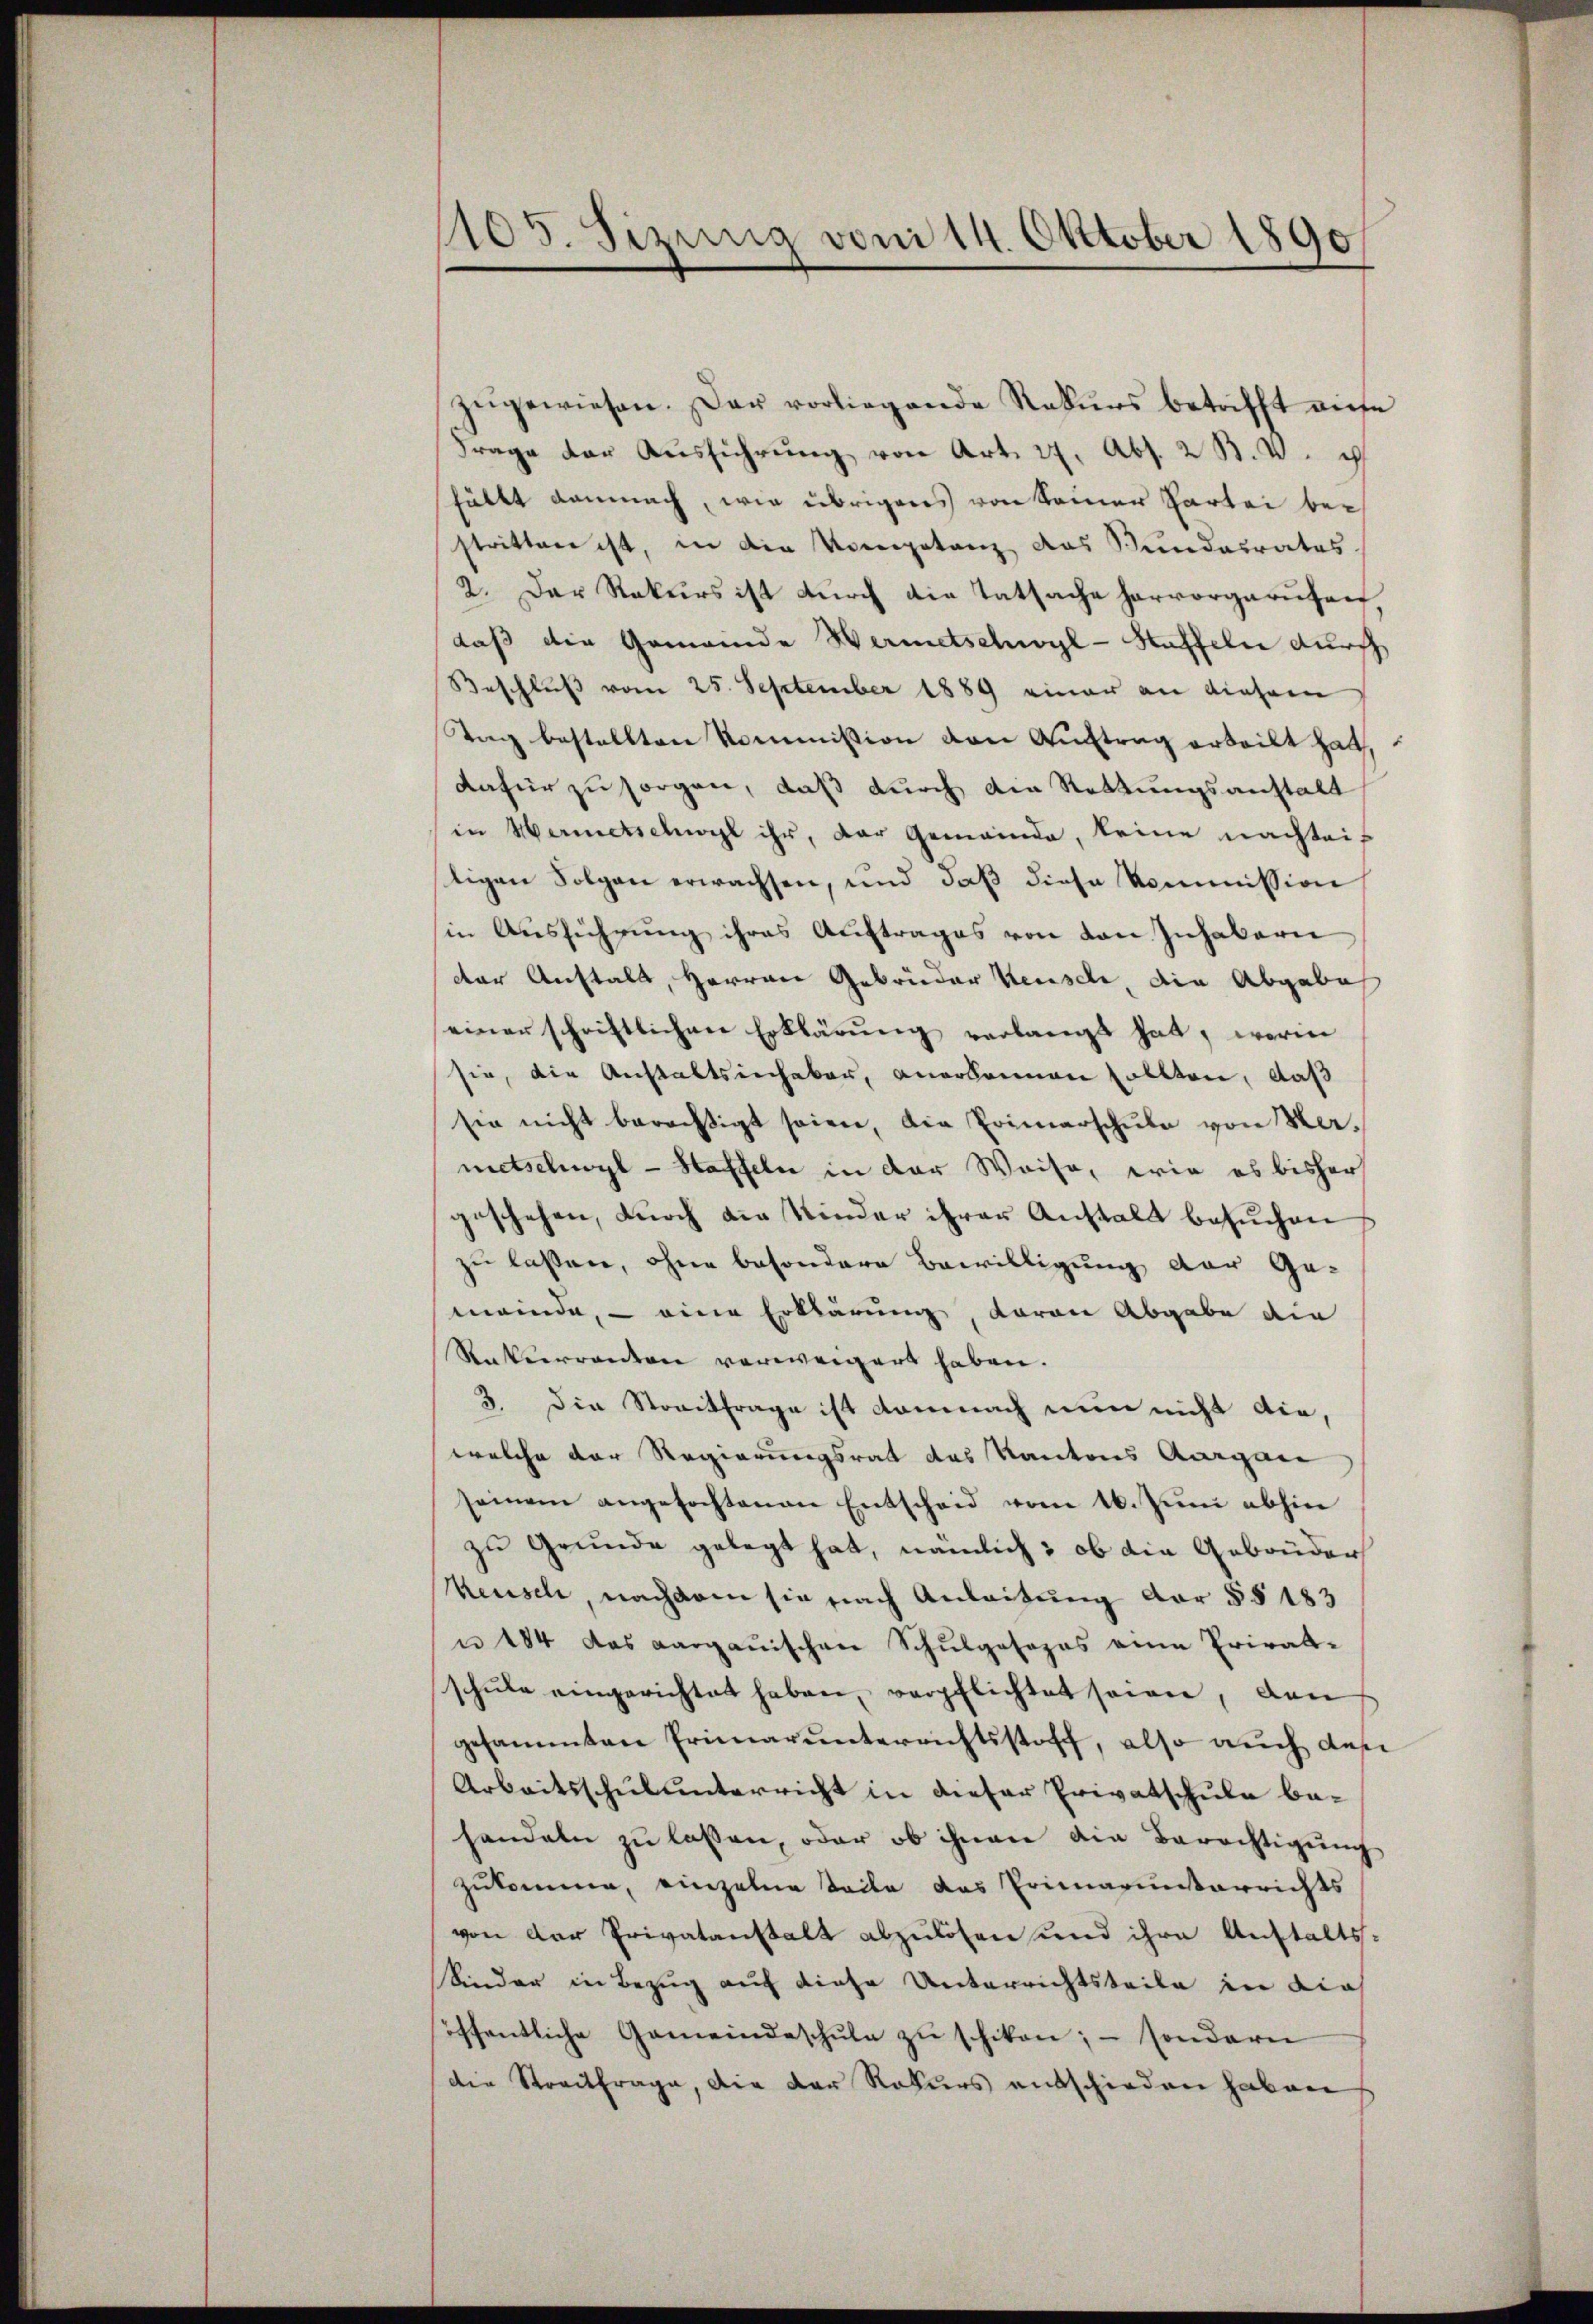
1105. Sizung von 14. Oktober 1890

zŭgewiesen. Der vorliegende Rekŭrs betrifft aufe
Frage der Aŭsführŭng von Art. 27. Abs. 2 R. V.
hällt damnach, wie übrigens von Seiner Partei bestritten ist, in die Kompetanz das Bundesrates.
2. Der Rekurs ist durch die Tatsache hervorgerufen,
daß die Gemeinde Wermetschwyl-Staffeln durch
Beschluß vom 25. September 1889 einer an diesem
Tag bestellten Kommission von Auftrag erteilt hat,
dafür zu sorgen, daß durch die Rettungsanstalt
in Wermetschwyl ihr, der Gemeinde, keine nachteif
tigen Folgen erwachsen, und daβ diese kommission
in Ausführung ihres Auftrages von von Inhabern
der Anstalt, Herren Gebrüder Keusch, die Abgabe
einer schriftlichen Erklärŭng verlangt hat, worin
sie, die Anstaltsinhaber, anerkennen sollten, daß
sie nicht berechtigt seien, die Primarschule von Hermetschwyl - Haffeln in der Weise, wie es bisher
geschehen, durch die Kinder ihrer Anstalt besuchen
zu laßen, ohne besondere Bewilligung der Ge-
meinde, – eine Erklärung, daran Abgabe die
Rakerrenten verweigert haben.
3. Die Streitfrage ist demnach nun nicht die,
welche der Regierungsrat das Kantons Aargare
seinem angefochtenen Entscheid vom 16. Jŭni abhin
zu Grunde gelegt hat, nämlich, ob die Gebrüder
Keusch, nachdem sie nach Anleitung der §§ 183
u 184 das Aargauischen Schulgosopas eine Privat-
schŭle eingerichtet haben, verpflichtet seien, den
gesammten Erinarunterrichtsstoff, also auch des
Arbeitsschulunterricht in dieser Privatschule behandeln zu lassen, oder ob ihnen die Berechtigung
zukomme, einzelne Teile das Primarunterrichts
von der Privatanstalt abzulösen und ihre Anstalts-
Sinder in Bezug auf diese Unterrichtsteile in dies
öffentliche Gemeindeschŭle zŭ schikon; – sondern
die Streitfrage, die der Rekurs entschieden haben